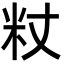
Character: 粀